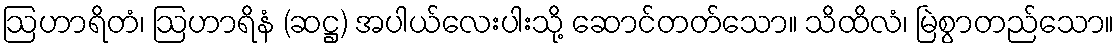
ဩဟာရိတံ၊ ဩဟာရိနံ (ဆဋ္ဌ) အပါယ်လေးပါးသို့ ဆောင်တတ်သော။ သိထိလံ၊ မြဲစွာတည်သော။